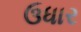
ઉધાર